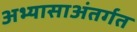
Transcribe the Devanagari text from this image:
अभ्यासाअंतर्गत